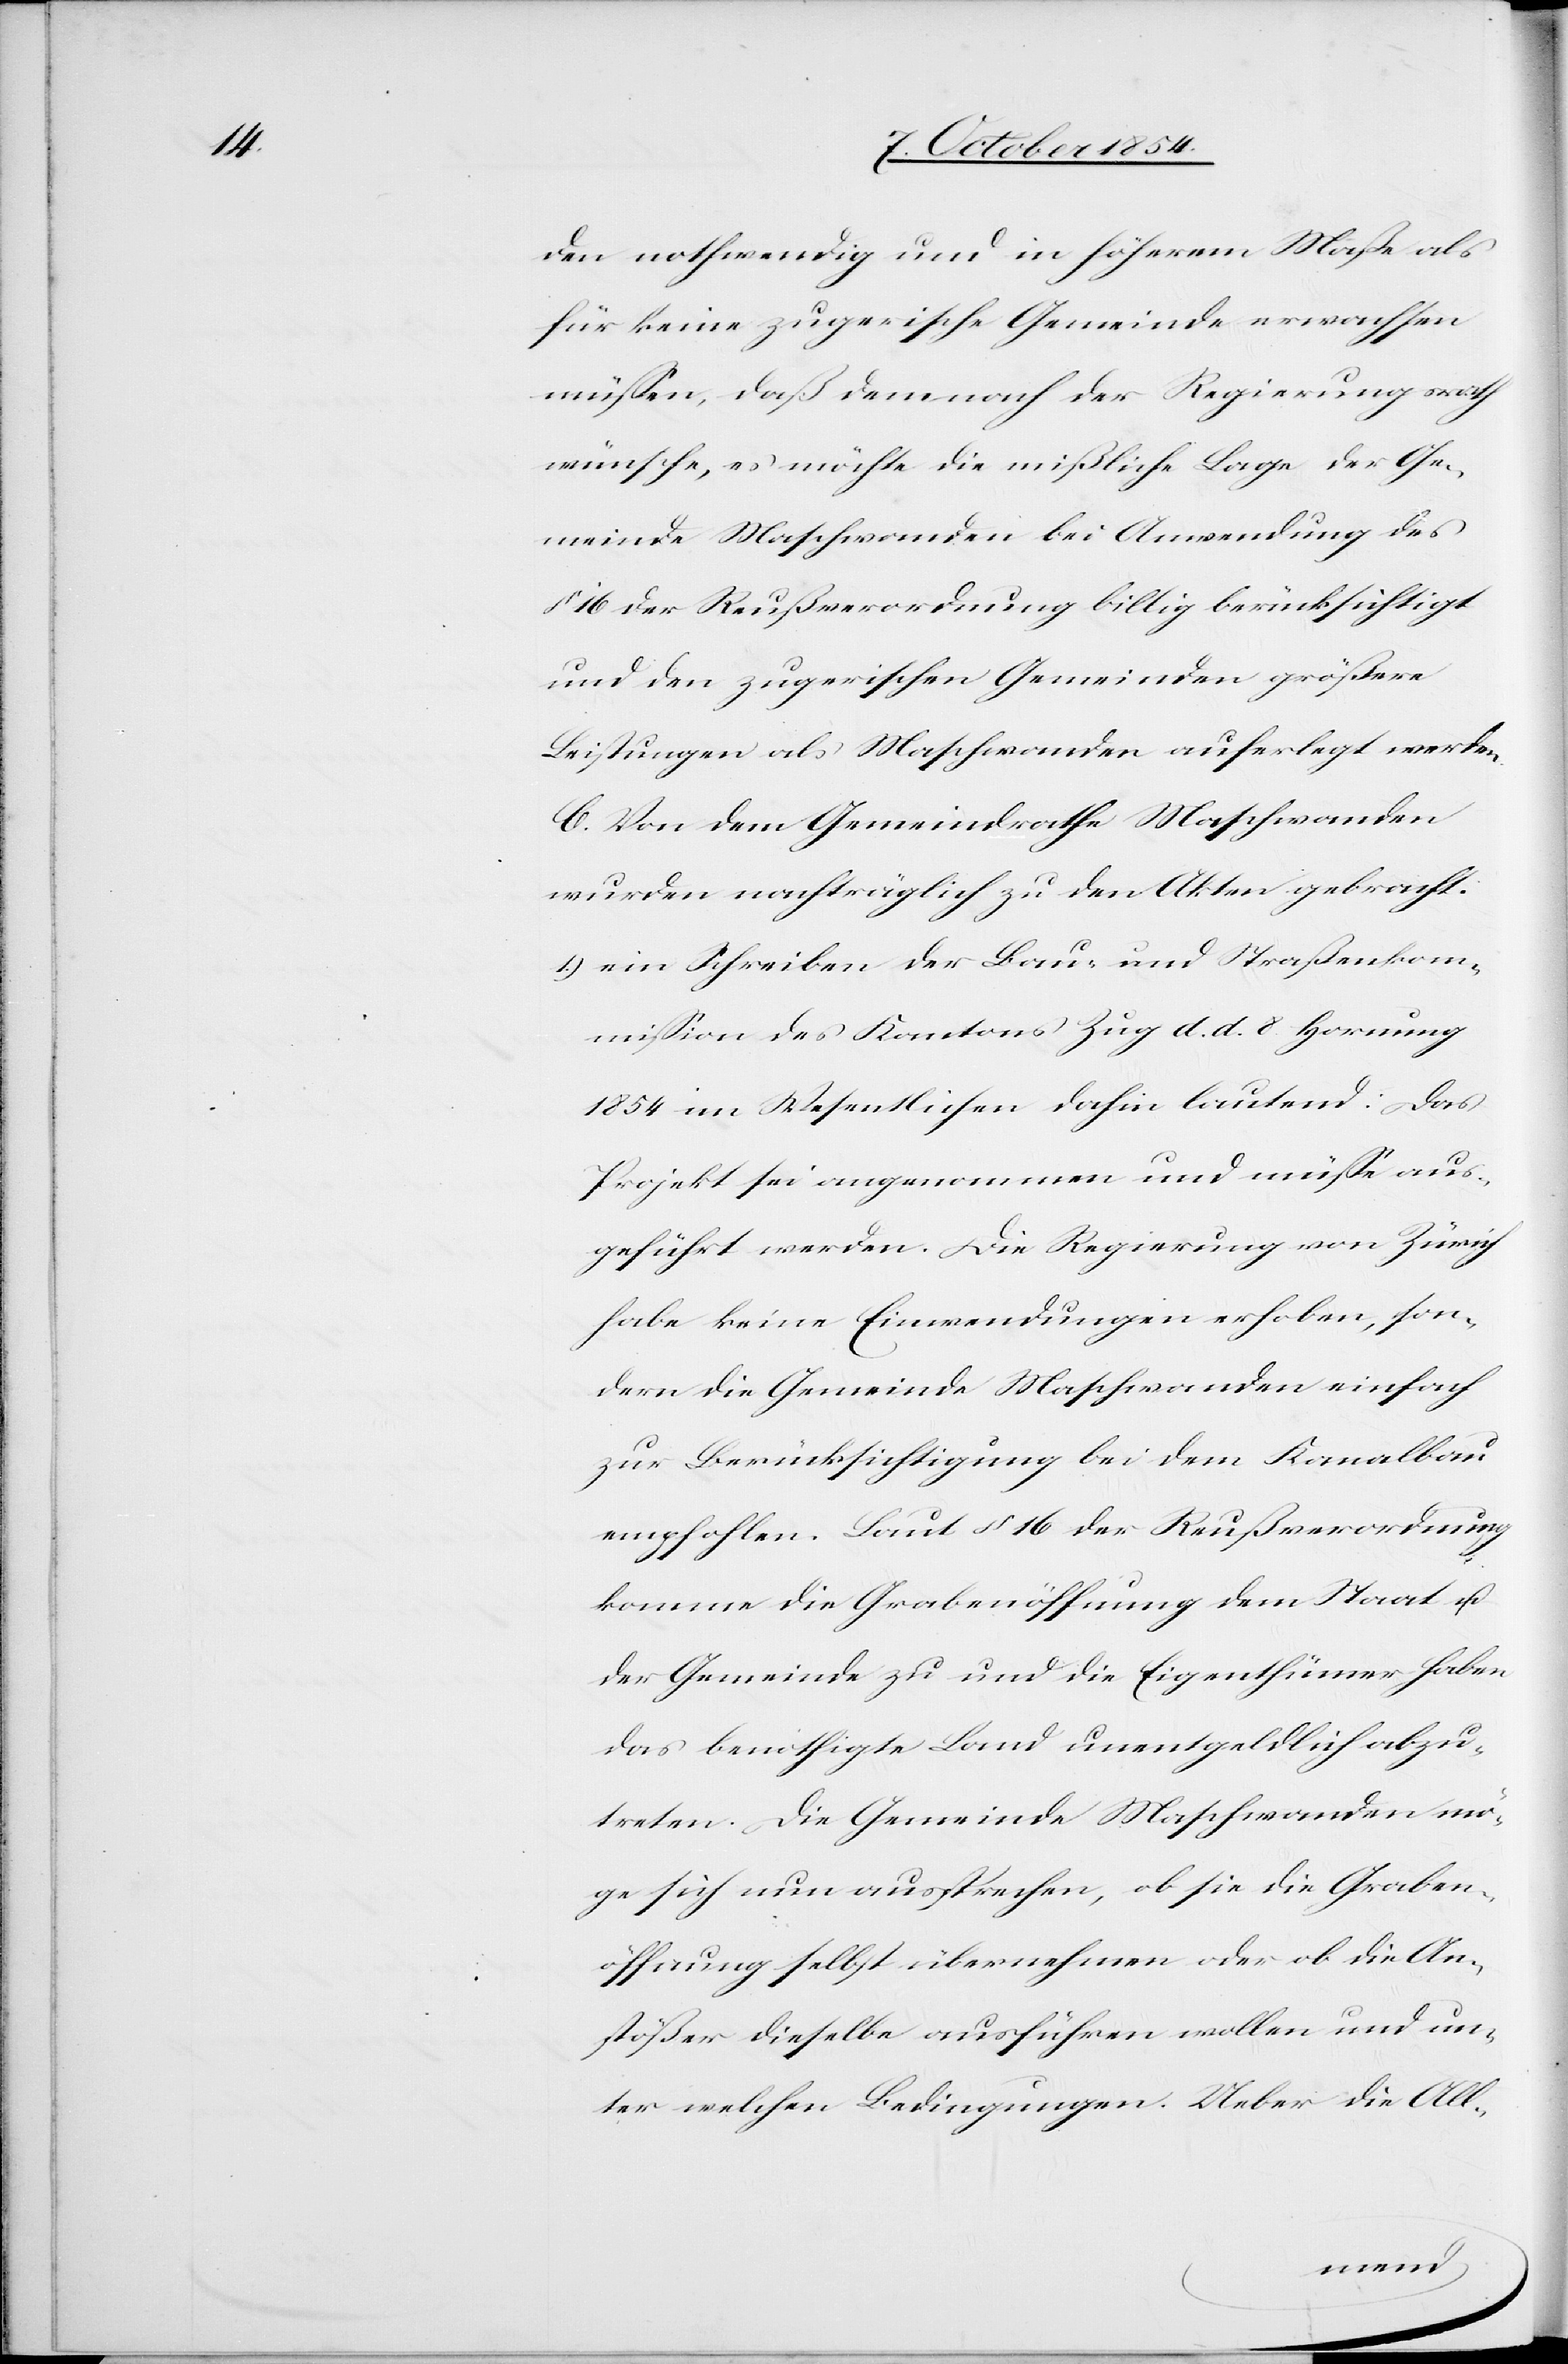
den nothwendig und in höherem Maße als
für keine zugerische Gemeinde erwachsen
müßen, daß demnach der Regierungsrath
wünsche, es möchte die mißliche Lage der Ge¬
meinde Maschwanden bei Anwendung des
§ 16 der Reußverordnung billig berücksichtigt
und den zugerischen Gemeinden größere
Leistungen als Maschwanden auferlegt werden.
C. Von dem Gemeindrathe Maschwanden
wurden nachträglich zu den Akten gebracht:
1.) ein Schreiben der Bau- und Straßenkom¬
mißion des Kantons Zug d. d. 8. Hornung
1854 im Wesentlichen dahin lautend: Das
Projekt sei angenommen und müße aus¬
geführt werden. Die Regierung von Zürich
habe keine Einwendungen erhoben, son¬
dern die Gemeinde Maschwanden einfach
zur Berücksichtigung bei dem Kanalbau
empfohlen. Laut § 16 der Reußverordnung
komme die Grabenöffnung dem Staat u.
der Gemeinde zu und die Eigenthümer haben
das benöthigte Land unentgeldlich abzu¬
treten. Die Gemeinde Maschwanden mö¬
ge sich nun aussprechen, ob sie die Graben¬
öffnung selbst übernehmen oder ob die An¬
stößer dieselbe ausführen wollen und un¬
ter welchen Bedingungen. Ueber die All-